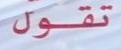
تقول